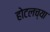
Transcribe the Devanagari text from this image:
होटलच्या